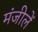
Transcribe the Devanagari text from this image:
मंजीलें